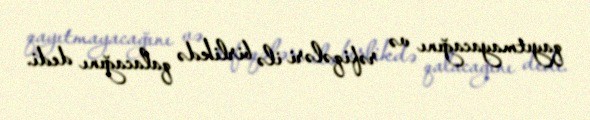
qayıtmayacağını və rəfiqələri ilə birlikdə qalacağını dedi.